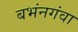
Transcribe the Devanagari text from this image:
बभंनगंवा